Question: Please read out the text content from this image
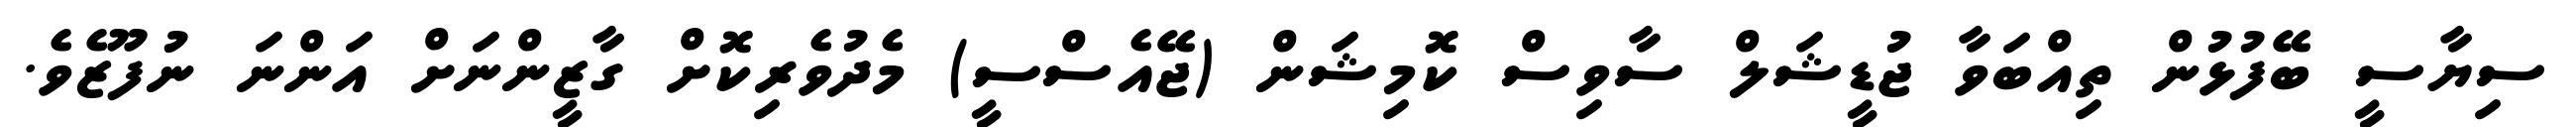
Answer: ސިޔާސީ ބޭފުޅުން ތިއްބަވާ ޖުޑީޝަލް ސާވިސް ކޮމިޝަން (ޖޭއެސްސީ) މެދުވެރިކޮށް ގާޒީންނަށް އަންނަ ނުފޫޒެވެ.